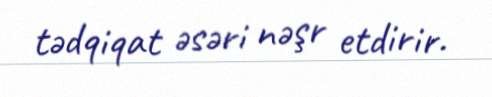
tədqiqat əsəri nəşr etdirir.